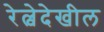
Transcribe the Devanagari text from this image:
रेल्वेदेखील